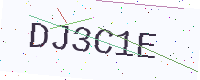
Text: DJ3C1E